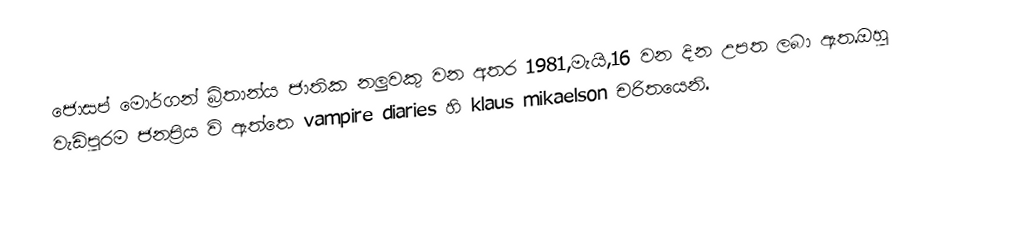
ජොසප් මොර්ගන් බ්‍රිතාන්ය ජාතික නලුවකු වන අතර 1981,මැයි,16 වන දින උපත ලබා ඇත.ඔහු වැඩිපුරම ජනප්‍රිය වි ඇත්තෙ vampire diaries හි klaus mikaelson චරිතයෙනි.